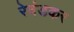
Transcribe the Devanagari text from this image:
रेवंडकर